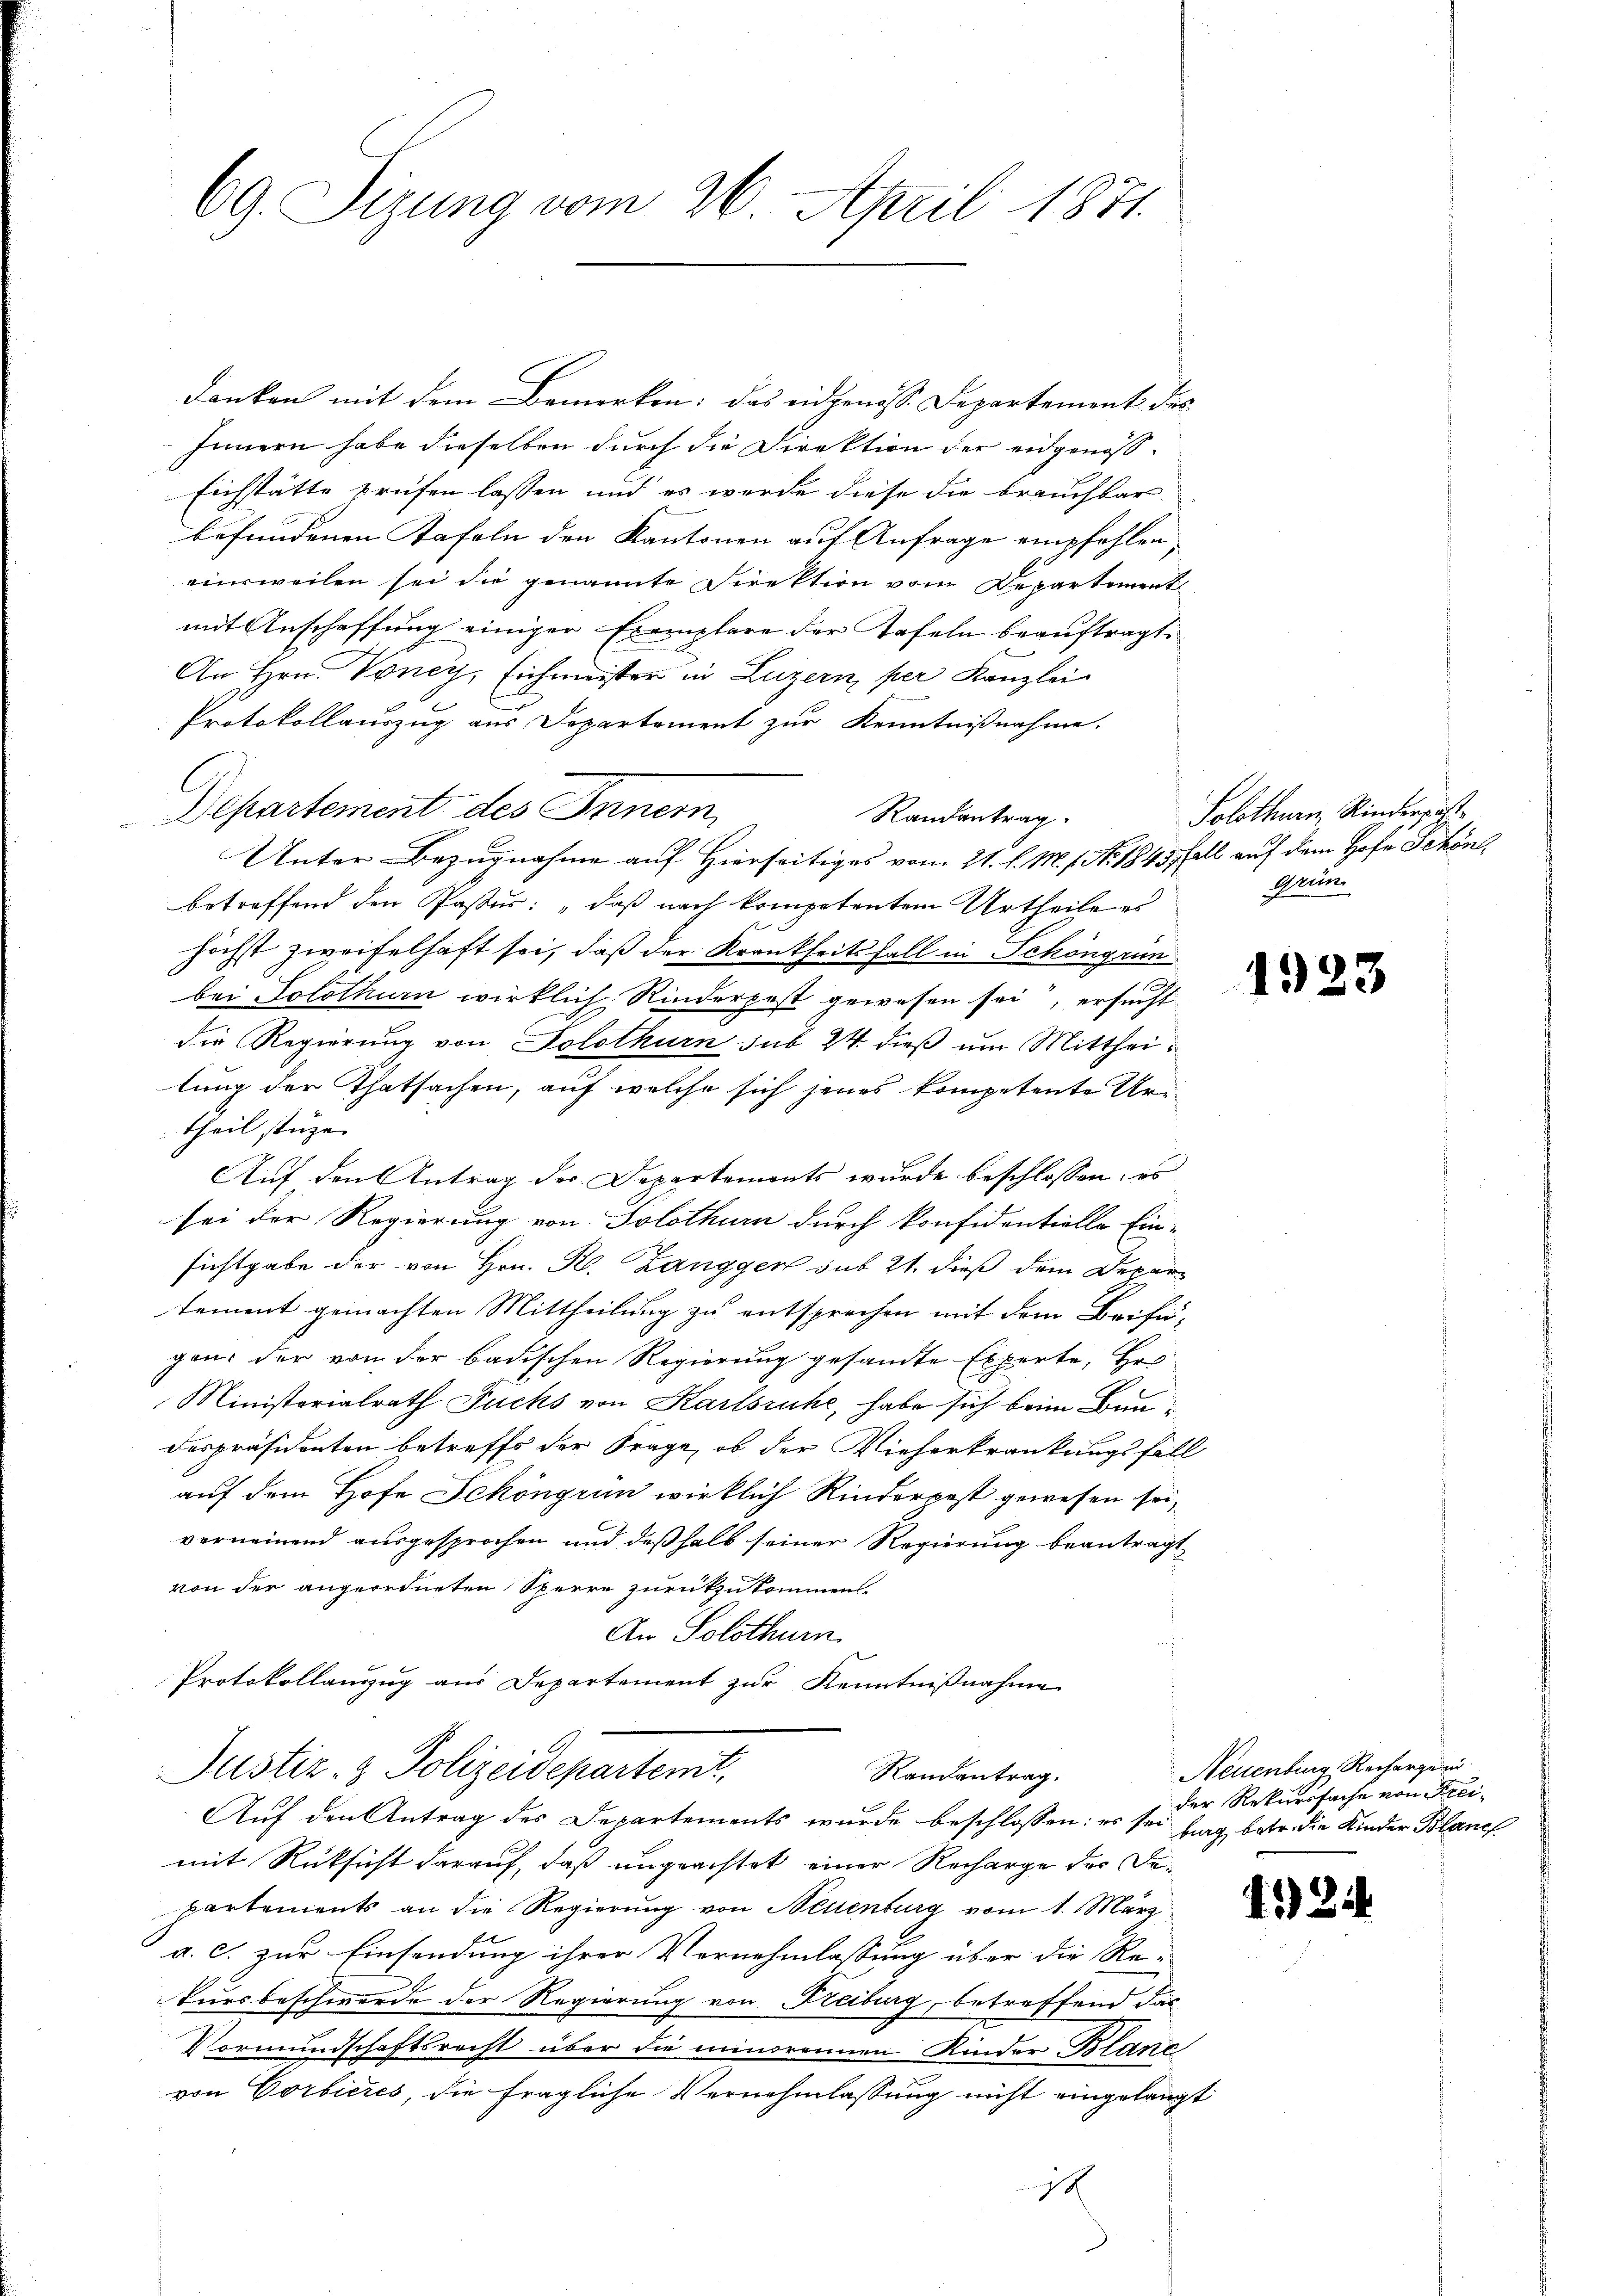
69. Sizung vom 26. April 1871.

danken mit dem Bemerken: das eidgenosse Departement des
Innern habe dieselben durch die Direktion der eidgenöss
Eichstätte prüfen lassen und es werde diese die brauchbar
befundenen Kafeln den Kantonen auf Anfrage empfehlen,
einweilen sei die genannte Direktion vom Departement
mit Anschaffung einiger Exemplare der Tafeln beauftragt.
An Hrn. Voney, Eichmeister in Luzern, per Kanzlei
Protokollauszug aus Departement zur Kenntnißnahme.
Departement des Innern,
Randantrag.
Unter Bezugnahme auf Hierseitiges vom 21. l. M. s. No. 1843 fall auf dem Hofe Schönbetreffend den Passus: „daß nach kompetentem Urtheile es
höchst zweifelhaft sei, daß der Krankheitsfall in Schöngrun
bei Solothurn wirklich Rinderpost gewesen sei, ersucht
die Regierung von Solothurn sub 24 dieß um Mittheilung der Thatsachen, auf welche sich jenes kompetente Urtheil stüze. |
Auf den Antrag der Departements wurde beschlossen: es
sei der Regierung von Solothurn durch konfidentielle Ein-
sichtgabe der von Hrn. R. Zangger sub 21. dieß dem Departement gemachten Mittheilung zu entsprechen mit dem Beifü-
gen; der von der badischen Regierung gesandte Experte, Hr.
Ministerialrath Fuchs von Karlsruhe, habe sich beim Bundespräsidenten betreffs der Frage, ob der Vieherkrankungsfall
auf dem Hofe Schöngrun wirklich Kinderpost gewesen sei,
verneinend ausgesprochen und deßhalb seiner Regierung beantragt
von der angeordneten Sperre zurückzukommen.
An Solothurn
Protokollauszug aus Departement zur Kenntnißnahme

E

Justiz- & Polizeidepartemt,
Randantrag.
Auf den Antrag des Departements wurde beschlossen: es sei frag betr. die Kinder Blanch

Solothurn, Kinderrast
Gruen

mit Rüksicht darauf, daß ungeachtet einer Recharge der Departements an die Regierung von Neuenburg vom 1. März
a. c. zur Einsendung ihrer Vernehmlassung über die Re-
kursbeschwerde der Regierung von Freiburg, betreffend das
Vormundschaftsrecht über die minorennen Kinder Branc
von Corbières, die fragliche Vernehmlassung nicht eingelangt
1x

1923

Neuenburg, Rechargen
der Rekurssache von Frei¬

421.